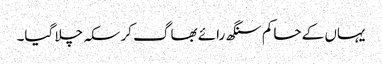
یہاں کے حاکم سنگھ رائے بھاگ کر سکہ چلا گیا۔